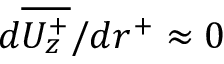
d \overline { { U _ { z } ^ { + } } } / { d r ^ { + } } \approx 0